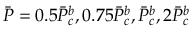
\Bar { P } = 0 . 5 \Bar { P } _ { c } ^ { b } , 0 . 7 5 \Bar { P } _ { c } ^ { b } , \Bar { P } _ { c } ^ { b } , 2 \Bar { P } _ { c } ^ { b }